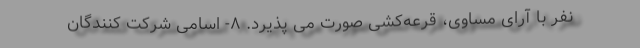
نفر با آرای مساوی، قرعه‌کشی صورت می‌ پذیرد. ۸- اسامی شرکت کنندگان